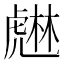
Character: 𧇨